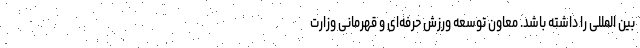
بین المللی را داشته باشد. معاون توسعه ورزش حرفه‌ای و قهرمانی وزارت